Document type: Inventory
Year: 1295
Scribe: Pere Marc
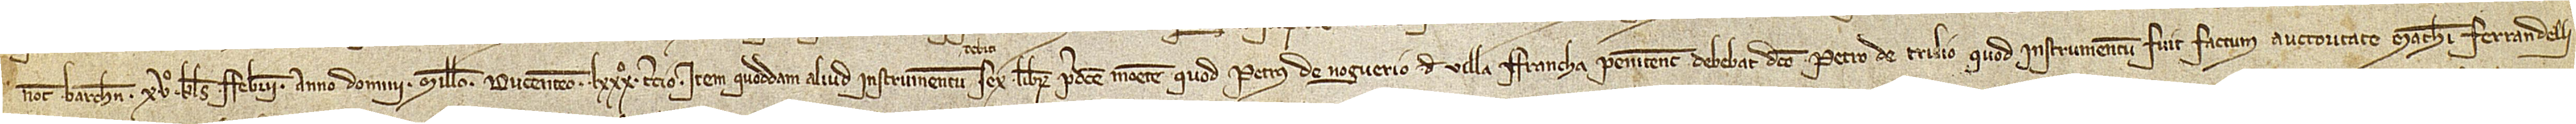
notarii Barchinone, XVº kalendas febrarii, anno Domini millesimo ducentesimo LXXXº tercio; item, quoddam aliud instrumentum sex librarum predicte monete quod Petrus de Noguerio, de Villa Francha Penitentsis, debebat dicto Petro de Trulio, quod instrumentum fuit factum auctoritate Mathei Ferrandelli,